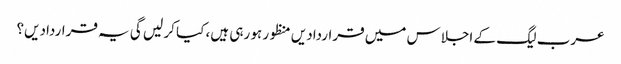
عرب لیگ کے اجلاس میں قراردادیں منظور ہو رہی ہیں، کیا کر لیں گی یہ قراردادیں؟